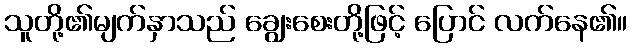
သူတို့၏မျက်နှာသည် ချွေးစေးတို့ဖြင့် ပြောင် လက်နေ၏။